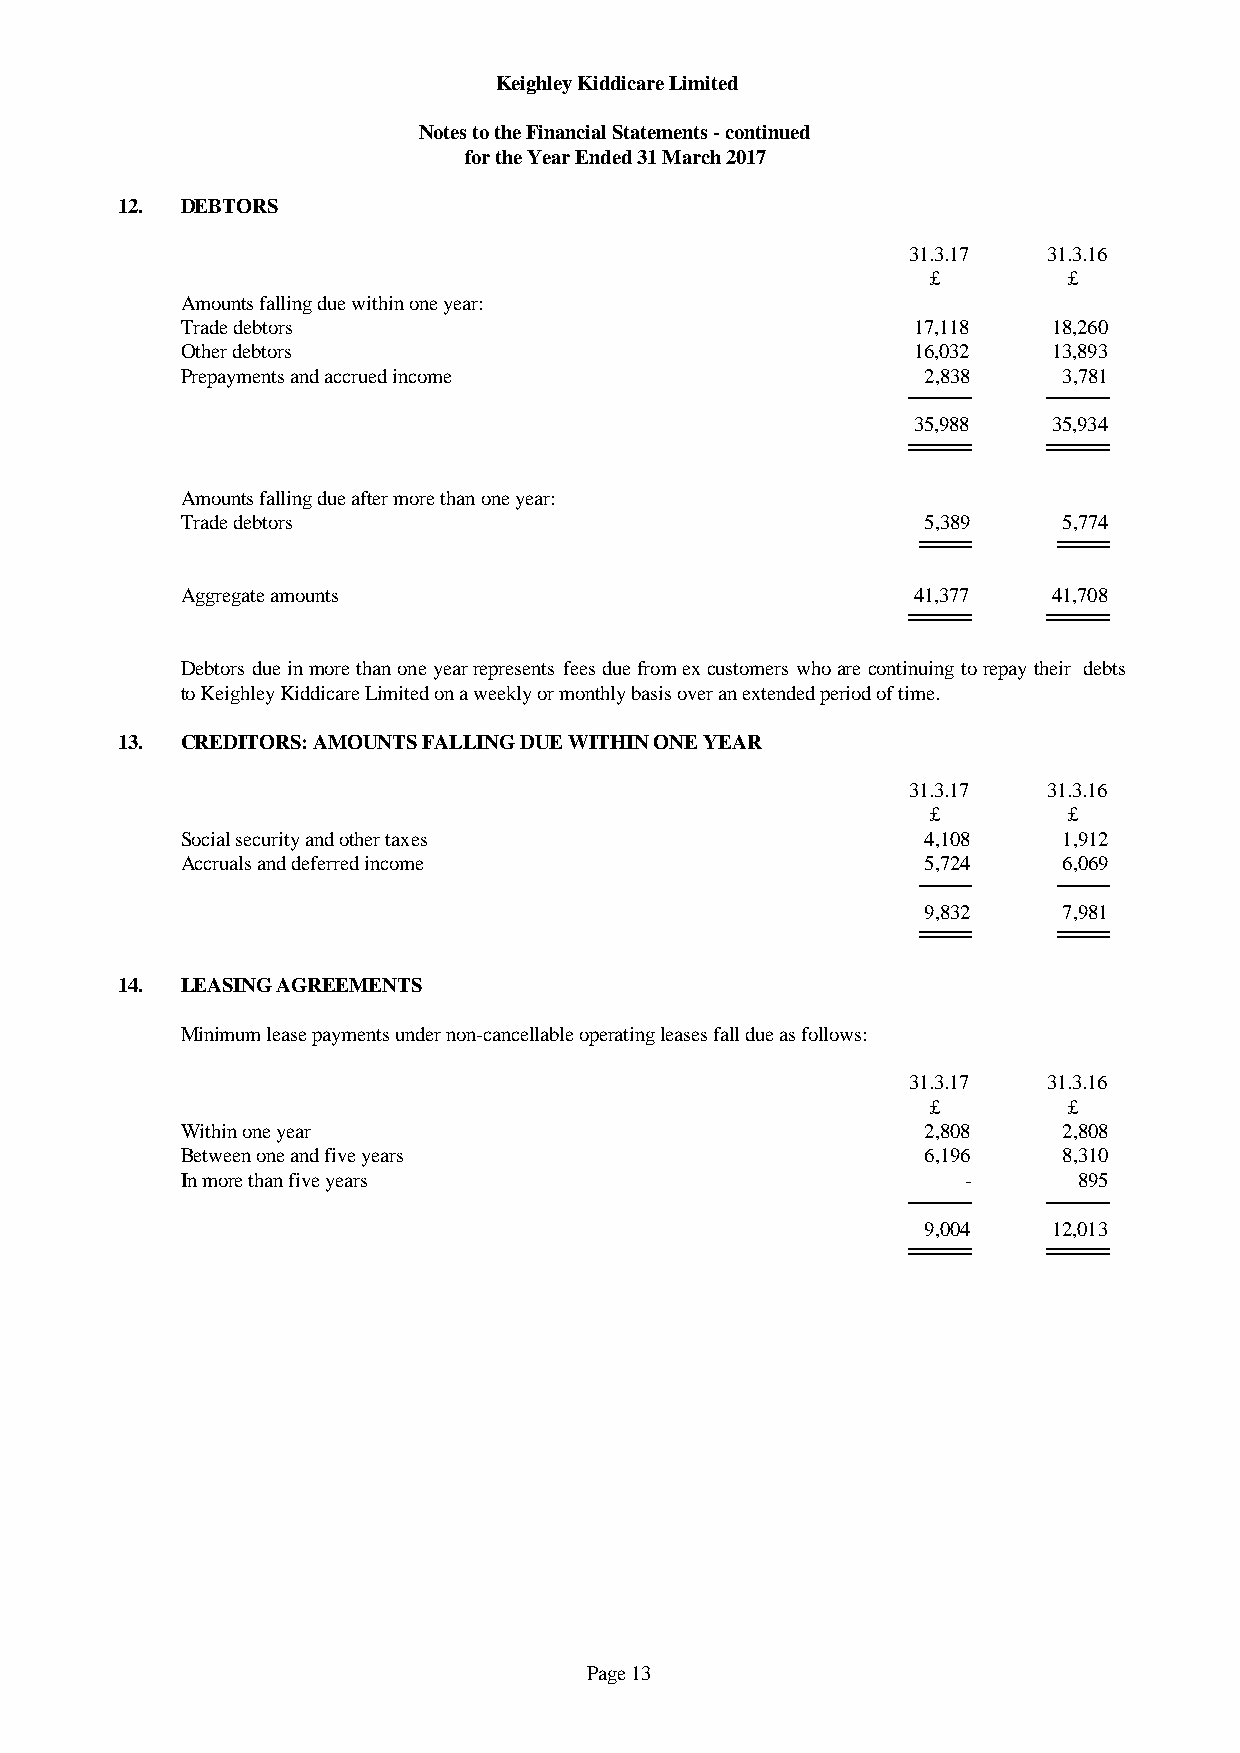
Keighley Kiddicare Limited
 Notes to the Financial Statements - continued
 for the Year Ended 31 March 2017
 12. DEBTORS
 31.3.17  31.3.16
 £        £
 Amounts falling due within one year:
 Trade debtors                                   17,118    18,260
 Other debtors                                   16,032    13,893
 Prepayments and accrued income                   2,838    3,781
 35,988    35,934
 Amounts falling due after more than one year:
 Trade debtors                                    5,389    5,774
 Aggregate amounts                               41,377    41,708
 Debtorsdueinmorethanoneyearrepresentsfeesduefromexcustomerswhoarecontinuingtorepaytheir debts
 to Keighley Kiddicare Limited on a weekly or monthly basis over an extended period of time.
 13. CREDITORS: AMOUNTS FALLING DUE WITHIN ONE YEAR
 31.3.17  31.3.16
 £        £
 Social security and other taxes                  4,108    1,912
 Accruals and deferred income                     5,724    6,069
 9,832    7,981
 14. LEASING AGREEMENTS
 Minimum lease payments under non-cancellable operating leases fall due as follows:
 31.3.17  31.3.16
 £        £
 Within one year                                  2,808    2,808
 Between one and five years                       6,196    8,310
 In more than five years                             -      895
 9,004    12,013
 Page 13